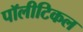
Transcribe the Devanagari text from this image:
पॉलीटिकल